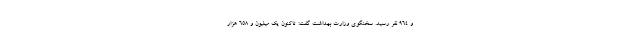
و ۹۶۴ نفر رسید. سخنگوی وزارت بهداشت گفت: تاکنون یک میلیون و ۶۵۸ هزار